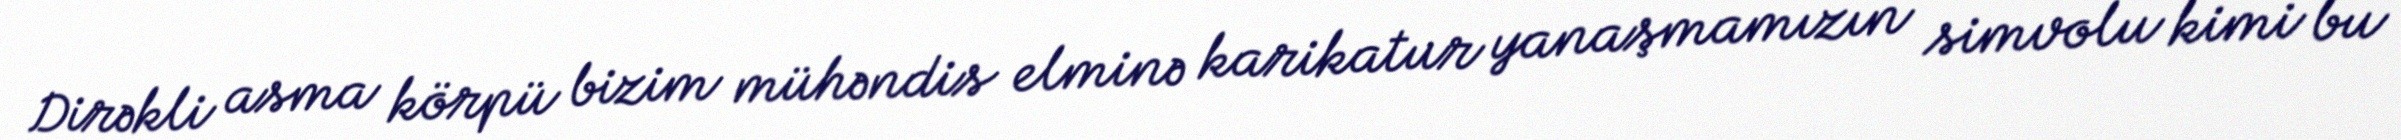
Dirəkli asma körpü bizim mühəndis elminə karikatur yanaşmamızın simvolu kimi bu